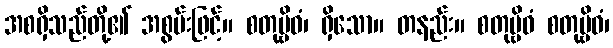
အစရှိသည်တို့၏ အစွမ်းဖြင့်။ စတုဗ္ဗိဓံ၊ ရှိသော။ တနည်း။ စတုဗ္ဗိဓံ စတုဗ္ဗိဓံ၊